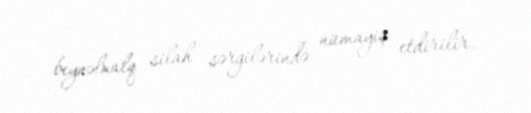
beynəlxalq silah sərgilərində nümayiş etdirilir.